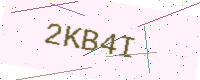
Text: 2KB4I